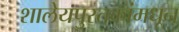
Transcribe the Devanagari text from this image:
शालेयपुस्तकांमधून